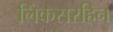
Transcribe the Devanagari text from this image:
लिंकसरहिन्